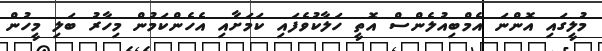
މުލީގައި އޮންނަ އެމްބިއުލެންސް އޮތީ ހަލާކުވެފައި ކަމަށާއި އެހެންކަމުން މިހާރު ބަލި މީހުން